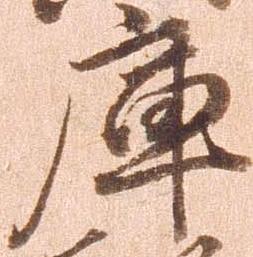
庫